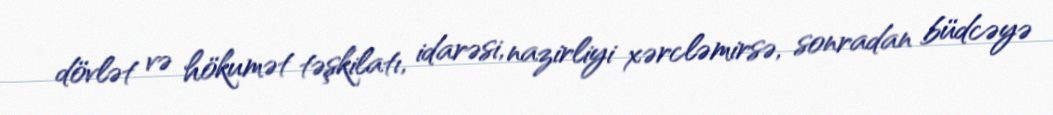
dövlət və hökumət təşkilatı, idarəsi, nazirliyi xərcləmirsə, sonradan büdcəyə